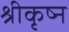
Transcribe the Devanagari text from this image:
श्रीकृष्न